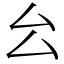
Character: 㕕